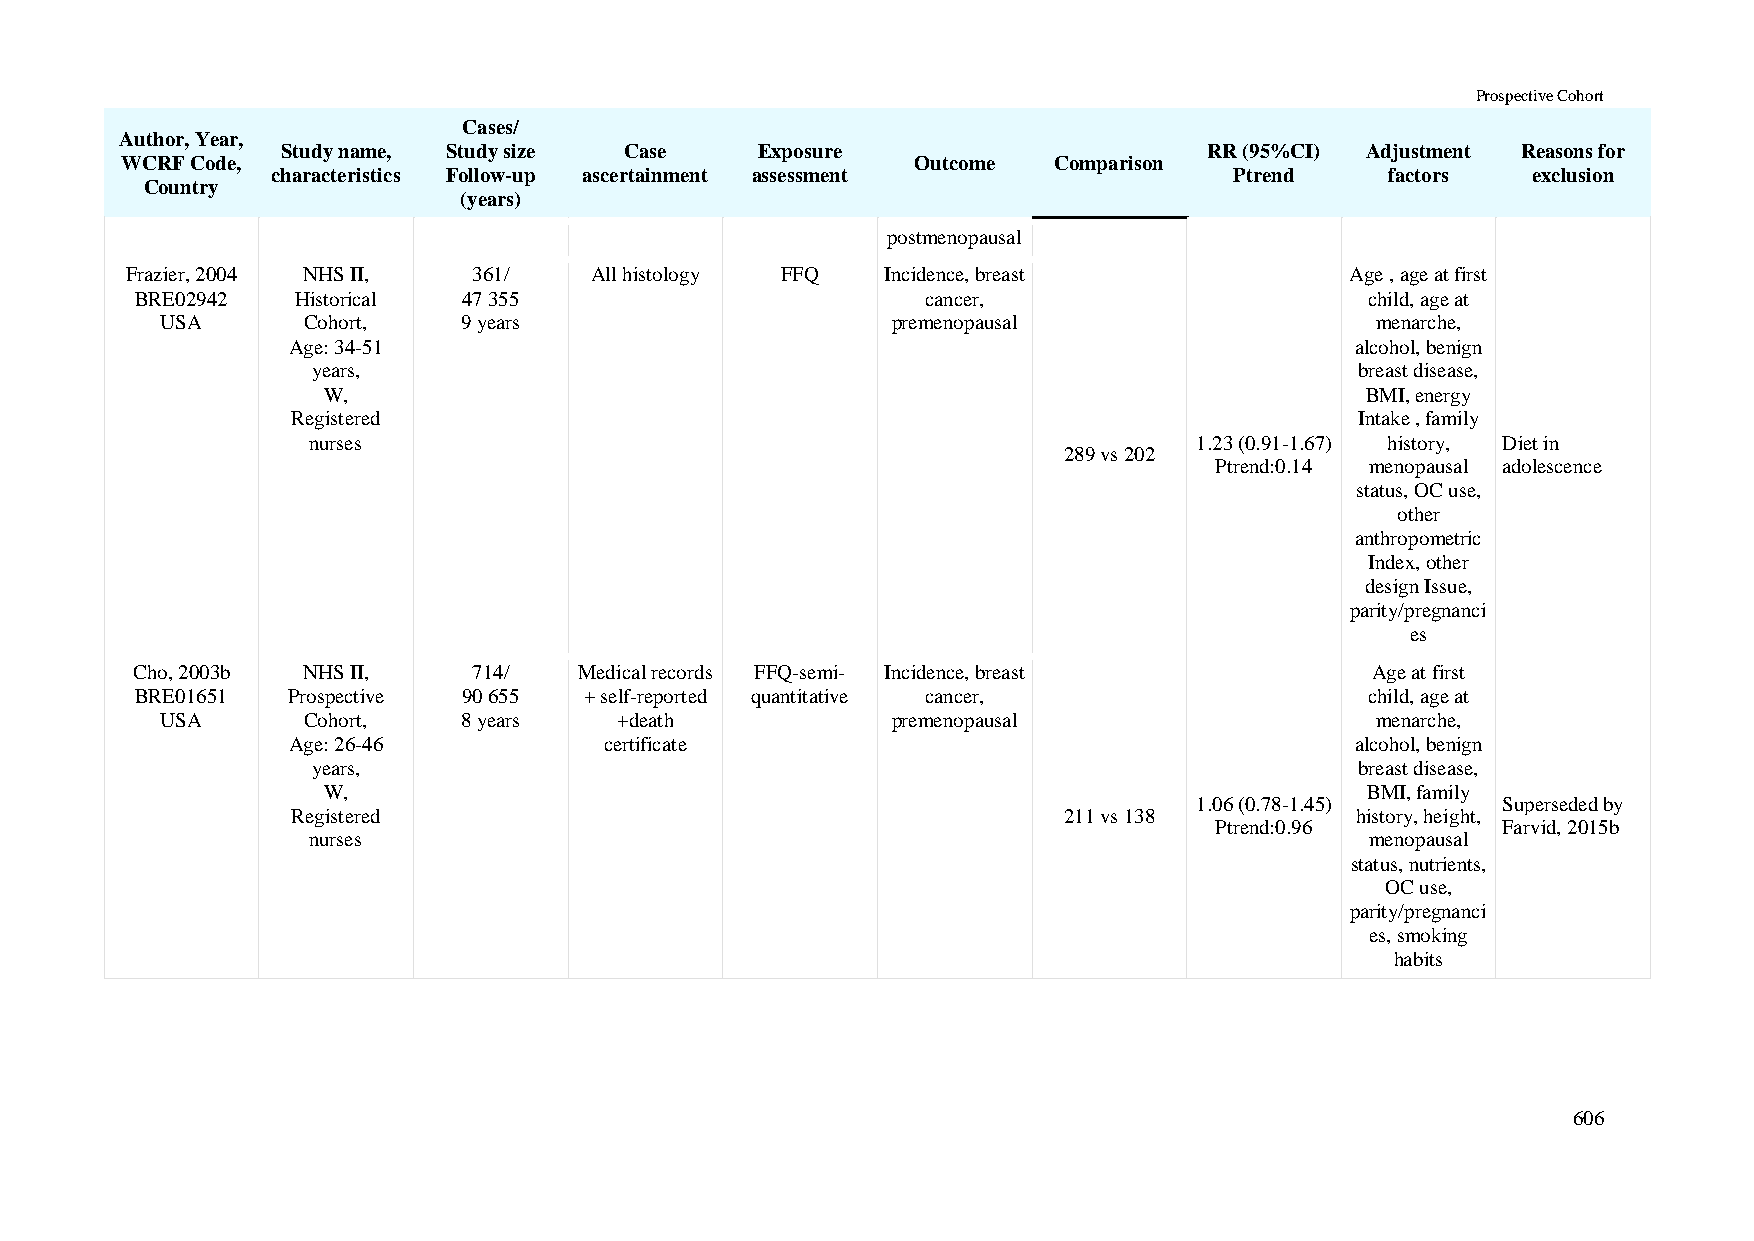
Prospective Cohort
 Cases/
 Author, Year,
 Study name, Study size Case    Exposure                      RR (95%CI) Adjustment Reasons for
 WCRF Code,                                           Outcome  Comparison
 characteristics Follow-up ascertainment assessment              Ptrend    factors  exclusion
 Country
 (years)
 postmenopausal
 Frazier, 2004 NHS II,  361/    All histology FFQ   Incidence, breast             Age , age at first
 BRE02942   Historical 47 355                        cancer,                       child, age at
 USA      Cohort,    9 years                     premenopausal                   menarche,
 Age: 34-51                                                             alcohol, benign
 years,                                                               breast disease,
 W,                                                                   BMI, energy
 Registered                                                             Intake , family
 nurses                                                     1.23 (0.91-1.67) history, Diet in
 289 vs 202
 Ptrend:0.14 menopausal adolescence
 status, OC use,
 other
 anthropometric
 Index, other
 design Issue,
 parity/pregnanci
 es
 Cho, 2003b NHS II,    714/   Medical records FFQ-semi- Incidence, breast          Age at first
 BRE01651  Prospective 90 655  + self-reported quantitative cancer,                child, age at
 USA      Cohort,    8 years   +death            premenopausal                   menarche,
 Age: 26-46           certificate                                       alcohol, benign
 years,                                                               breast disease,
 W,                                                                   BMI, family
 1.06 (0.78-1.45)    Superseded by
 Registered                                         211 vs 138          history, height,
 Ptrend:0.96        Farvid, 2015b
 nurses                                                                 menopausal
 status, nutrients,
 OC use,
 parity/pregnanci
 es, smoking
 habits
 606